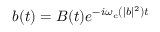
b ( t ) = B ( t ) e ^ { - i \omega _ { c } \left( | b | ^ { 2 } \right) t }